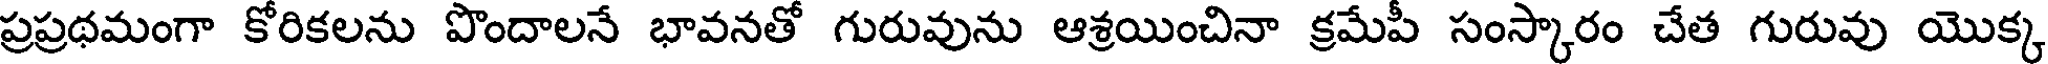
ప్రప్రథమంగా కోరికలను పొందాలనే భావనతో గురువును ఆశ్రయించినా క్రమేపీ సంస్కారం చేత గురువు యొక్క